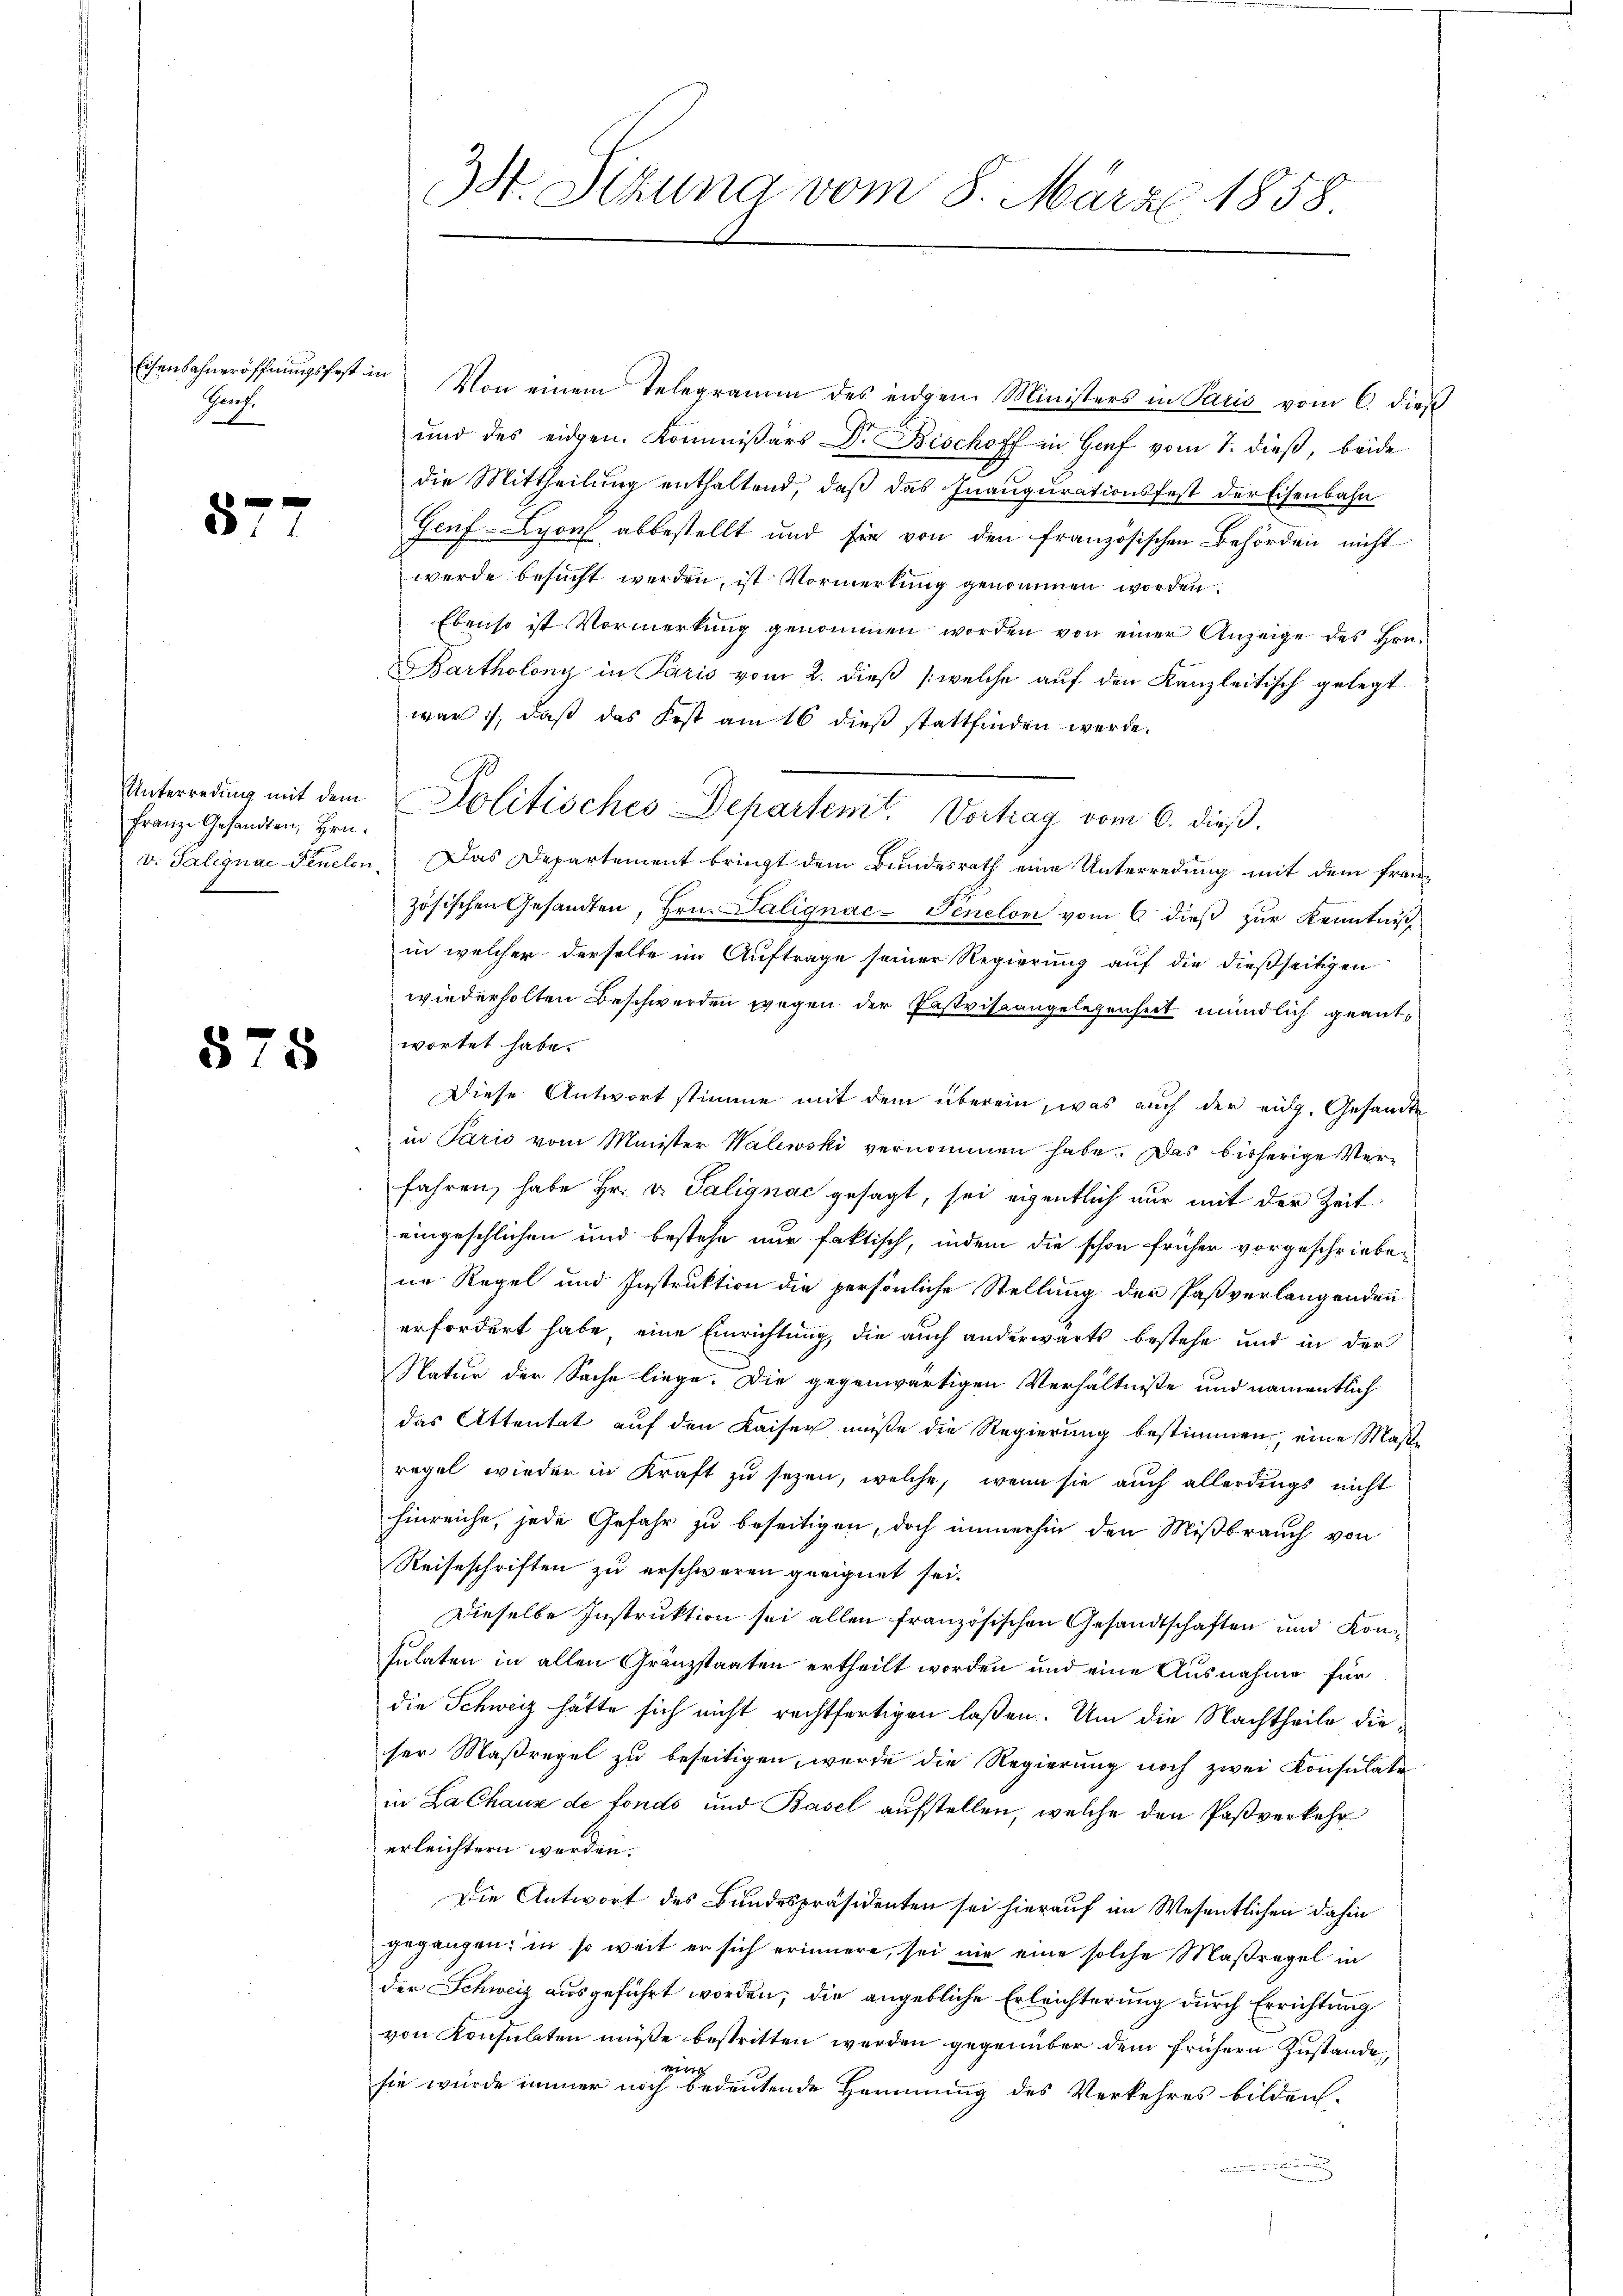
Eisenbahneröffnungsfest in
Prof.

57

7

Franze Gesandten, Hrn.

575

Von einem Telegramm des eidgen Ministers in Paris vom 6. dieß
und des eidgen. Kommissärs Dr. Bischoff in Genf vom 7. dieß, beide
die Mittheilung enthaltend, daß das Inaugurationsfest der Eisenbahn
Geuf-Lyon abbestellt und sie von den französischen Behörden nicht
werde besucht werden, ist Vormerkung genommen worden.
Ebenso ist Vormerkung genommen worden von einer Anzeige des Hon¬
Bartholony in Paris vom 2. dieß (welche auf den Kanzleitisch gelegt
war, daß das Fest am 16 dieß stattfinden werde.
v. Talignae Fenclon. Das Departement bringt dem Bundesrath eine Unterredung mit dem französischen Gesandten, Hrn. Salignac-Penelon vom 6 dieß zur Kenntnisch
in welcher derselbe im Auftrage seiner Regierung auf die dießseitigen
wiederholten Beschwerden wegen der Pastviseangelegenheit mündlich geantwortet habe.
Diese Antwort stimme mit dem überein, was auch der eidg. Gesandte
in Paris vom Minister Walewski vernommen habe. Das bisherige Verfahren, habe Hr. v. Salignac gesagt, sei eigentlich nur mit der Zeit
eingeschlichen und bestehe nur faktisch, indem die schon früher vorgeschriebene Regel und Instruktion die persönliche Stellung der Paßverlangenden
erfordert habe, eine Einrichtung, die auch anderwärts bestehe und in der
Natur der Sache liege. Die gegenwärtigen Verhältniße und namentlich
das Attentat auf den Kaiser müße die Regierung bestimmen, eine Maßregel wieder in Kraft zu sezen, welche, wenn sie auch allerdings nicht
hinreiche, jede Gefahr zu beseitigen, doch immerhin den Mißbrauch von
Reiseschriften zu erschweren geeignet sei.
Dieselbe Instruktion sei allen französischen Gesandtschaften und Konsulaten in allen Gränzstaaten ertheilt worden und eine Ausnahme für
die Schweiz hätte sich nicht rechtfertigen laßen. Um die Nachtheile dieser Maßregel zu beseitigen, wurde die Regierung noch zwei Konsulate
in La Chaux de fondo und Basel aufstellen, welche den Paßverkehr
erleichtern werden.
Die Antwort des Bundespräsidenten sei hierauf im Wesentlichen dahin
gegangen; in so weit er sich erinnere, sei nie eine solche Maßregel in
der Schweiz ausgeführt worden, die angebliche Erleichterung durch Errichtung
von Konsulaten müße bestritten werden gegenüber dem frühern Zustande,
wi
sie wurde immer noch bedeutende Hammung des Verkehres bilden.

3. Sitzung vom 8. März 1858.

Unterreŭng mit dem Politisches Departemt. Vortrag vom 6. dieβ.